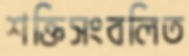
শক্তিসংবলিত